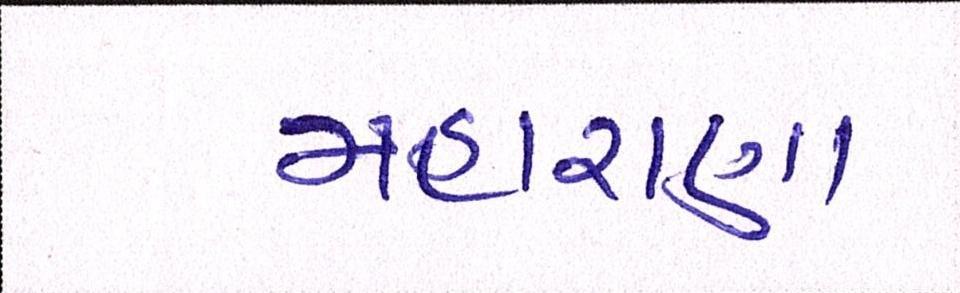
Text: મહારાણા